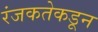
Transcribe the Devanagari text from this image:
रंजकतेकडून